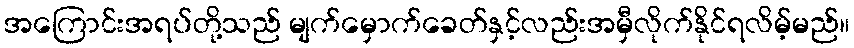
အကြောင်းအရပ်တို့သည် မျက်မှောက်ခေတ်နှင့်လည်းအမှီလိုက်နိုင်ရလိမ့်မည်။